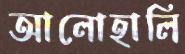
আলোহালি